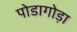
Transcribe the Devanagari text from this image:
पोडागोड़ा